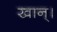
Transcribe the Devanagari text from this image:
खान्।